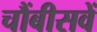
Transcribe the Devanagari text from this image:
चौंबीसवें